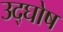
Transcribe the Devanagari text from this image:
उद्‌घोष